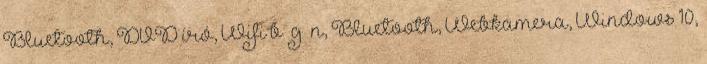
Bluetooth, DVD író, Wifi b g n, Bluetooth, Webkamera, Windows 10,